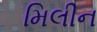
મિલીન